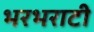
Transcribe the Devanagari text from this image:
भरभराटी